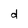
Character: d